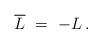
LaTeX: \begin{align*} \overline L \ = \ -L \,.\end{align*}